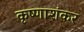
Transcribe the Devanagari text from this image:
कृष्णाशंकर